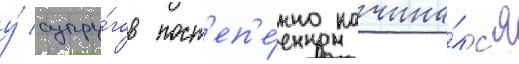
у́ супру́гов пост'еп'е́нно начина́лс'я